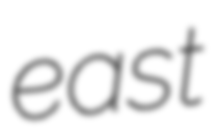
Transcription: east